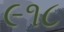
૯૧૮